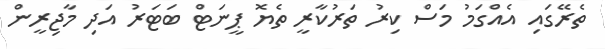
ތެރޭގައި އެއްގަމު މަސް ކިރު ތަރުކާރީ ތެޔޮ ޕީނަޓް ބަޓަރު އަދި މާޖިރީން